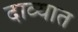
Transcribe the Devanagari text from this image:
दाव्यात